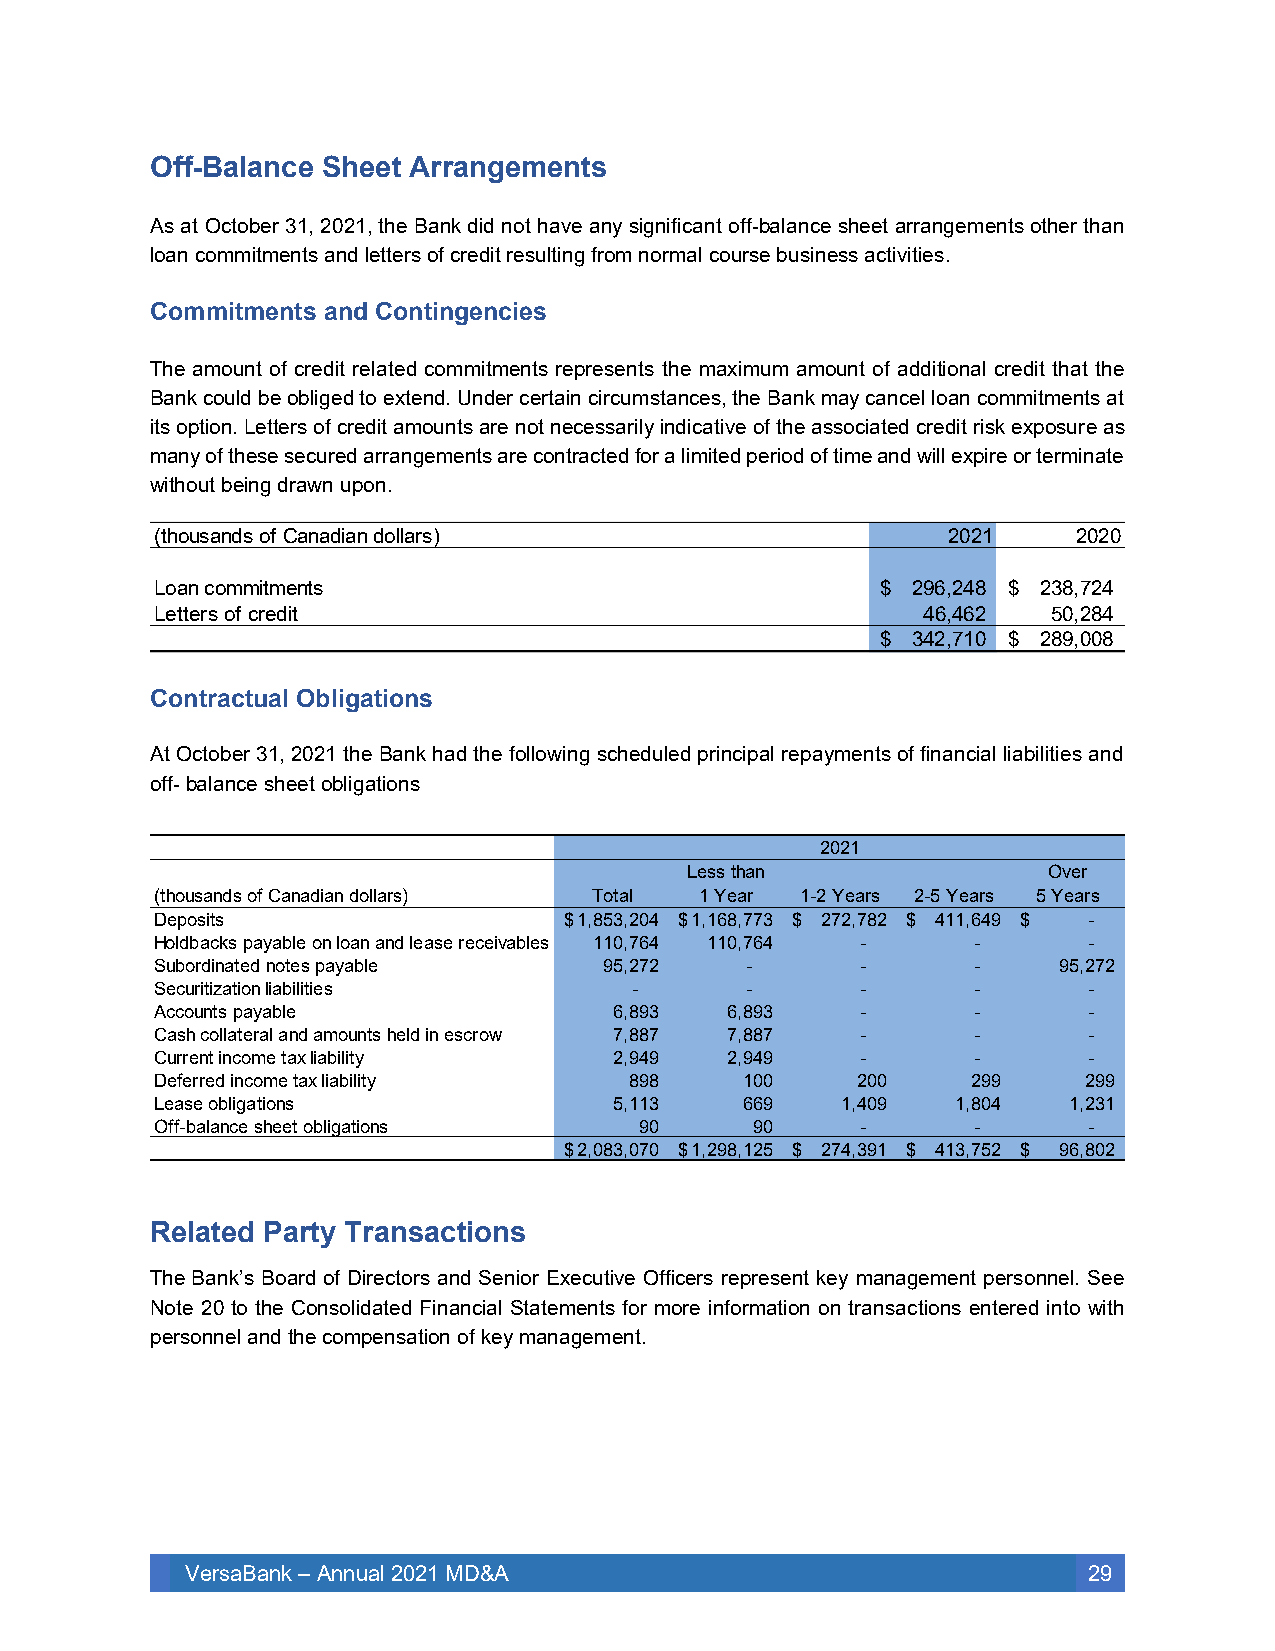
Off-Balance Sheet Arrangements
 As at October 31, 2021, the Bank did not have any significant off-balance sheet arrangements other than
 loan commitments and letters of credit resulting from normal course business activities.
 Commitments and Contingencies
 The amount of credit related commitments represents the maximum amount of additional credit that the
 Bank could be obliged to extend. Under certain circumstances, the Bank may cancel loan commitments at
 its option. Letters of credit amounts are not necessarily indicative of the associated credit risk exposure as
 many of these secured arrangements are contracted for a limited period of time and will expire or terminate
 without being drawn upon.
 Contractual Obligations
 At October 31, 2021 the Bank had the following scheduled principal repayments of financial liabilities and
 off- balance sheet obligations
 2021
 Less than               Over
 (thousands of Canadian dollars) Total 1 Year 1-2 Years 2-5 Years 5 Years
 Deposits                   $ 1,853,204 $ 1,168,773 $ 272,782 $ 411,649 $ -
 Holdbacks payable on loan and lease receivables 110,764 110,764 - - -
 Subordinated notes payable    9 5,272  -       -       -    9 5,272
 Securitization liabilities      -      -       -       -      -
 Accounts payable               6,893  6,893    -       -      -
 Cash collateral and amounts held in escrow 7,887 7,887 - -    -
 Current income tax liability   2,949  2,949    -       -      -
 Deferred income tax liability   898    100     200    299     299
 Lease obligations              5,113   669    1,409  1,804   1,231
 Off-balance sheet obligations   90      90     -       -      -
 $ 2,083,070 $ 1,298,125 $ 274,391 $ 413,752 $ 96,802
 Related Party Transactions
 The Bank’s Board of Directors and Senior Executive Officers represent key management personnel. See
 Note 20 to the Consolidated Financial Statements for more information on transactions entered into with
 personnel and the compensation of key management.
 VersaBank – Annual 2021 MD&A                                29
 (
 LL
 th
 oe
 o u
 a ntte
 s a n d s o f C a
 c o m m itm e nr
 s o f c r e d it
 n a
 ts
 d ia n d o lla r s )
 $ 2 9
 4$
 3 4
 662
 2
 ,2,4,7
 0
 461
 2
 820
 1
 $ 2 3
 5$
 2 8
 809
 2
 ,7,2,0
 0
 280
 2
 448
 0